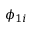
\phi _ { 1 i }